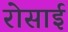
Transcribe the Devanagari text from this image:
रोसाई